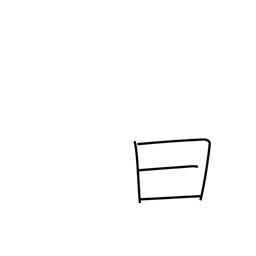
Meaning: history